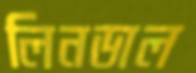
লিনডাল